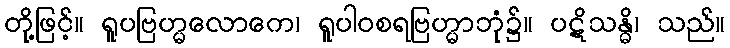
တို့ဖြင့်။ ရူပဗြဟ္မလောကေ၊ ရူပါဝစရဗြဟ္မာဘုံ၌။ ပဋိသန္ဓိ၊ သည်။